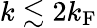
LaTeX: k\lesssim 2k_{\mathrm{F}}